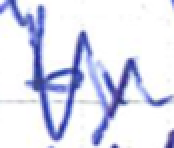
Text: by
Cross-out: zig-zag
Writing tool: ballpoint